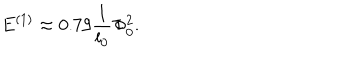
E ^ { ( 1 ) } \approx 0 . 7 9 \frac { 1 } { l _ { 0 } } \Phi _ { 0 } ^ { 2 } .